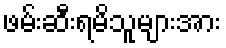
ဖမ်းဆီးရမိသူများအား